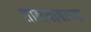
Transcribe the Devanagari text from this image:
तालवाद्याच्या